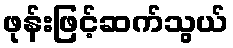
ဖုန်းဖြင့်ဆက်သွယ်